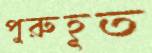
পুরুহূত